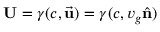
\mathbf { U } = \gamma ( c , { \vec { \mathbf { u } } } ) = \gamma ( c , v _ { g } { \hat { \mathbf { n } } } )